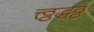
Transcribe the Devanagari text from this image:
त्त्ठ्ठद्धठ्ठ